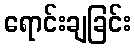
ရောင်းချခြင်း